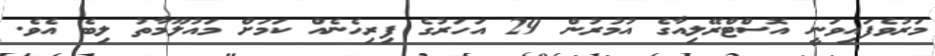
މަރުވެފައިވަނީ އޮސްޓްރޭލިއާގެ އުމުރުން 29 އަހަރުގެ ފިރިހެނެއް ކަމަށް މައުލޫމާތު ލިބެ އެވެ.